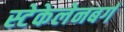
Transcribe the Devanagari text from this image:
स्टेकेलेनबर्ग